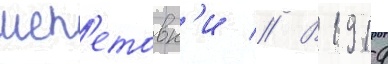
шеп'етовк'и // В 1919